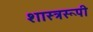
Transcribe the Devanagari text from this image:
शास्त्ररूपी